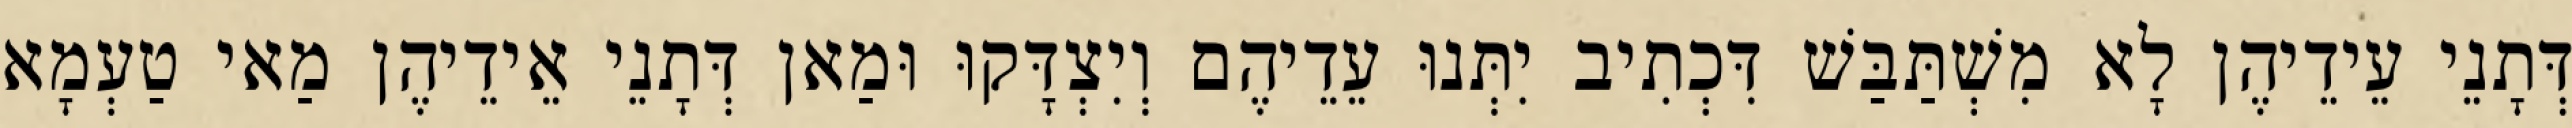
דְּתָנֵי עֵידֵיהֶן לָא מִשְׁתַּבַּשׁ דִּכְתִיב יִתְּנוּ עֵדֵיהֶם וְיִצְדָּקוּ וּמַאן דְּתָנֵי אֵידֵיהֶן מַאי טַעְמָא